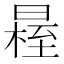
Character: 𣉴